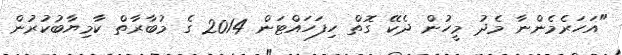
"އަހަރެމެންނާ މެދު މީހުން ދެކޭ ގޮތް ހިފަހައްޓަން 2014 ގެ މުބާރާތް ކާމިޔާބުކުރުން